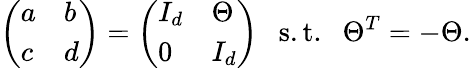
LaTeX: \left(\begin{array}{ll}{{a}}&{{b}}\\ {{c}}&{{d}}\end{array}\right)=\left(\begin{array}{ll}{{I_{d}}}&{{\Theta}}\\ {{0}}&{{I_{d}}}\end{array}\right)\ \ \ \mathrm{s.t.}\ \ \ \Theta^{T}=-\Theta.